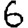
Digit: 6